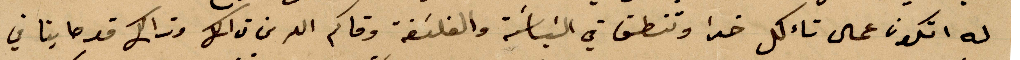
له اتكون عمال تائكل خذا وتنطق في السياسة والفلسفة وقاكم الله من تآكل وذلك قد حاينا في